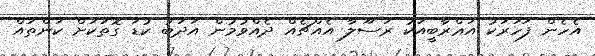
އެހެން ފަހަރަކު އަޢްރާބީއަކު ރަސޫލާ އެއްޗެއް ދެއްވުމުން އަދަބު ކުޑަ ގޮތަކަށް ކަންތައް